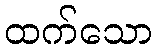
ထက်သော